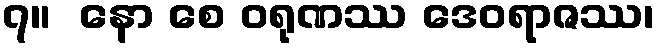
၇။  နော စေ ဝရုဏဿ ဒေဝရာဇဿ၊